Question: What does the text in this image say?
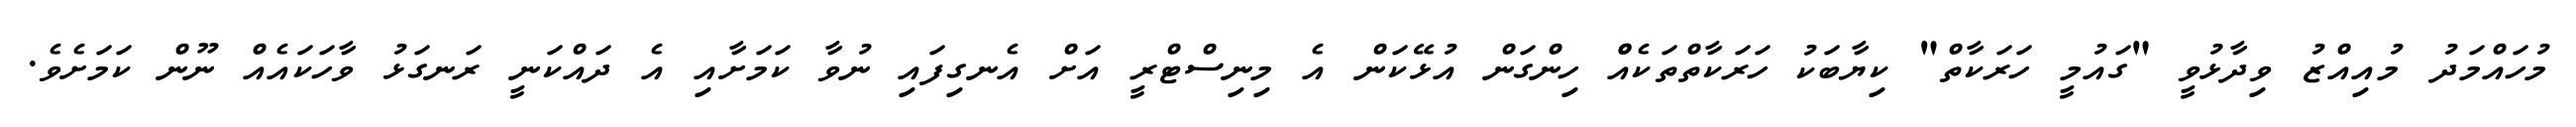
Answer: މުހައްމަދު މުއިއްޒު ވިދާޅުވީ "ގައުމީ ހަރަކާތް" ކިޔާބަކު ހަރަކާތްތަކެއްް ހިންގަން އުޅޭކަން އެ މިނިސްޓްރީ އަށް އެނގިފައި ނުވާ ކަމަށާއި އެ ދައްކަނީ ރަނގަޅު ވާހަކައެއް ނޫން ކަމަށެވެ.